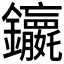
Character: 𮣭